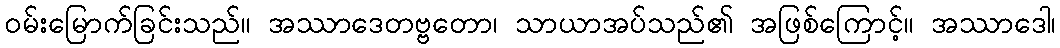
ဝမ်းမြောက်ခြင်းသည်။ အဿာဒေတဗ္ဗတော၊ သာယာအပ်သည်၏ အဖြစ်ကြောင့်။ အဿာဒေါ၊